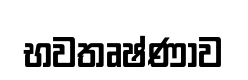
භවතෘෂ්ණාව